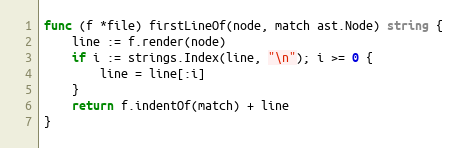
Language: Go
func (f *file) firstLineOf(node, match ast.Node) string {
	line := f.render(node)
	if i := strings.Index(line, "\n"); i >= 0 {
		line = line[:i]
	}
	return f.indentOf(match) + line
}